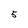
Character: 5